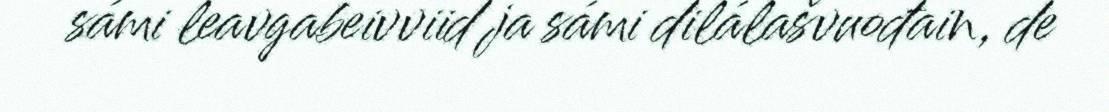
sámi leavgabeivviid ja sámi dilálašvuođain, de